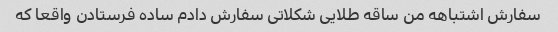
سفارش اشتباهه من ساقه طلایی شکلاتی سفارش دادم ساده فرستادن واقعا که